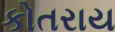
કોતરાય